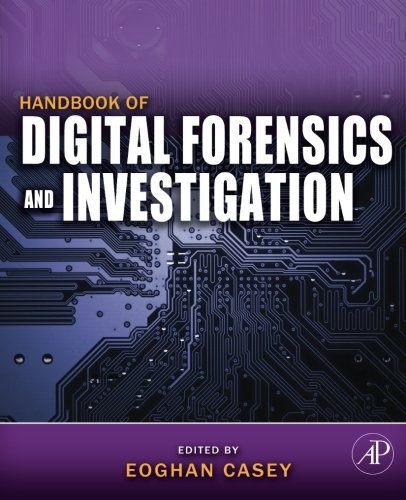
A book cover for Handbook of Digital Forensics and Investigation; Eoghan Casey; Law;